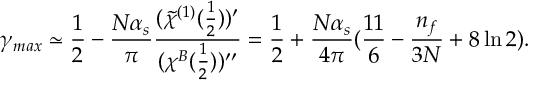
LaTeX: \gamma _ { m a x } \simeq \frac { 1 } { 2 } - \frac { N \alpha _ { s } } { \pi } \frac { ( \widetilde { \chi } ^ { ( 1 ) } ( \frac { 1 } { 2 } ) ) ^ { \prime } } { ( \chi ^ { B } ( \frac { 1 } { 2 } ) ) ^ { \prime \prime } } = \frac { 1 } { 2 } + \frac { N \alpha _ { s } } { 4 \pi } ( \frac { 1 1 } { 6 } - \frac { n _ { f } } { 3 N } + 8 \ln 2 ) .